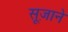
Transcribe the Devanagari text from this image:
सूज़ाने